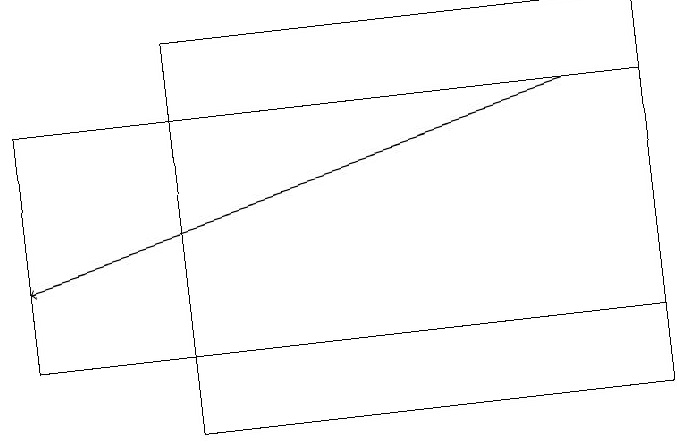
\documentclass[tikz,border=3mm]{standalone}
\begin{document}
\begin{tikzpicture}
\draw (8,12) rectangle (0,15);
\draw[->] (7,15) -- (0,13);
\draw (2,11) rectangle (8,16);
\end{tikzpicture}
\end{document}